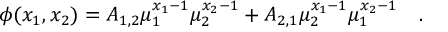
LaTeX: \phi ( x _ { 1 } , x _ { 2 } ) = A _ { 1 , 2 } \mu _ { 1 } ^ { x _ { 1 } - 1 } \mu _ { 2 } ^ { x _ { 2 } - 1 } + A _ { 2 , 1 } \mu _ { 2 } ^ { x _ { 1 } - 1 } \mu _ { 1 } ^ { x _ { 2 } - 1 } \quad .